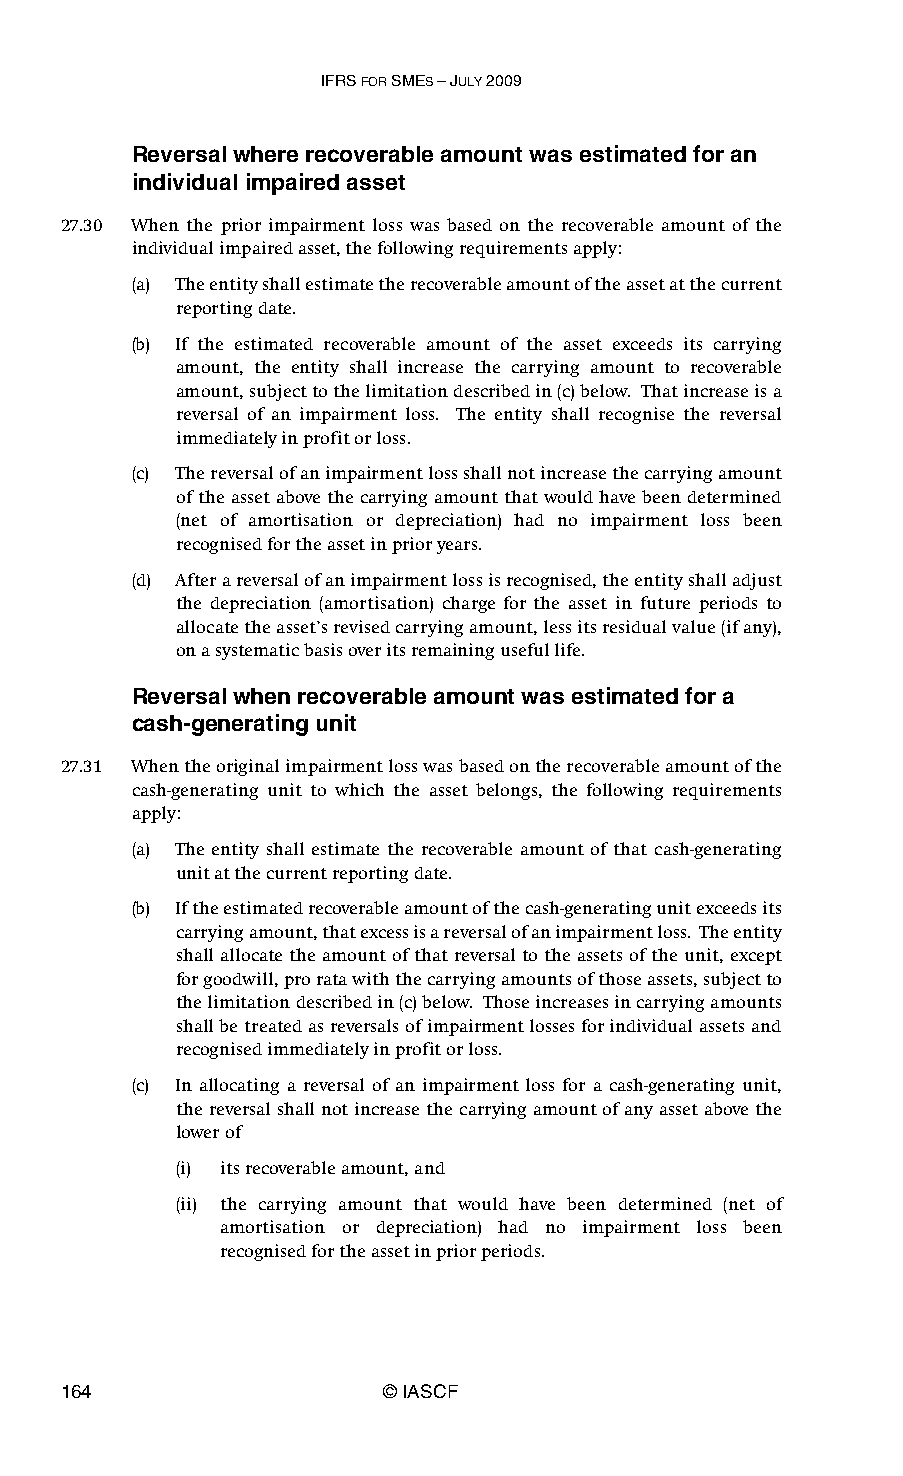
IFRS FOR SMES – JULY 2009
 Reversal where recoverable amount was estimated for an
 individual impaired asset
 27.30 When the prior impairment loss was based on the recoverable amount of the
 individual impaired asset, the following requirements apply:
 (a) The entity shall estimate the recoverable amount of the asset at the current
 reporting date.
 (b) If the estimated recoverable amount of the asset exceeds its carrying
 amount, the entity shall increase the carrying amount to recoverable
 amount, subject to the limitation described in (c) below. That increase is a
 reversal of an impairment loss. The entity shall recognise the reversal
 immediately in profit or loss.
 (c) The reversal of an impairment loss shall not increase the carrying amount
 of the asset above the carrying amount that would have been determined
 (net of amortisation or depreciation) had no impairment loss been
 recognised for the asset in prior years.
 (d) After a reversal of an impairment loss is recognised, the entity shall adjust
 the depreciation (amortisation) charge for the asset in future periods to
 allocate the asset’s revised carrying amount, less its residual value (if any),
 on a systematic basis over its remaining useful life.
 Reversal when recoverable amount was estimated for a
 cash-generating unit
 27.31 When the original impairment loss was based on the recoverable amount of the
 cash-generating unit to which the asset belongs, the following requirements
 apply:
 (a) The entity shall estimate the recoverable amount of that cash-generating
 unit at the current reporting date.
 (b) If the estimated recoverable amount of the cash-generating unit exceeds its
 carrying amount, that excess is a reversal of an impairment loss. The entity
 shall allocate the amount of that reversal to the assets of the unit, except
 for goodwill, pro rata with the carrying amounts of those assets, subject to
 the limitation described in (c) below. Those increases in carrying amounts
 shall be treated as reversals of impairment losses for individual assets and
 recognised immediately in profit or loss.
 (c) In allocating a reversal of an impairment loss for a cash-generating unit,
 the reversal shall not increase the carrying amount of any asset above the
 lower of
 (i) its recoverable amount, and
 (ii) the carrying amount that would have been determined (net of
 amortisation or depreciation) had no impairment loss been
 recognised for the asset in prior periods.
 164                   © IASCF